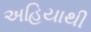
અહિયાથી